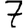
Digit: 7